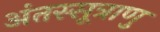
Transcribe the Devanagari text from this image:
अंतस्सूत्राणु